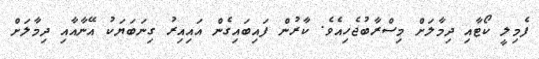
ފެމިލީ ކޯޓާއި ދިމާލަށް މިސްރާބުޖެހިއެވެ. ކާރުން ފައިބައިގެން އައިއިރު ގިނަބަޔަކު އޭނާއާއި ދިމާލަށް